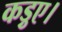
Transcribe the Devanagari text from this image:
कड़ुए।